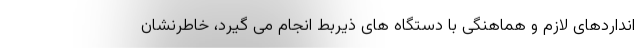
انداردهای لازم و هماهنگی با دستگاه های ذیربط انجام می گیرد، خاطرنشان